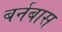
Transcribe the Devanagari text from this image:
बर्नबास